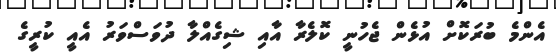
އެންމެ ބުރަކޮށް އުޅެން ޖެހުނީ ކޮލެރާ އާއި ޝިގެއްލާ ދުވަސްވަރު އެއީ ކުރީގެ